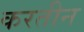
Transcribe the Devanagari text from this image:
करतीन